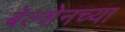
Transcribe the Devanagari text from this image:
बेल्शेनच्या